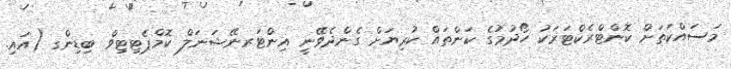
މަސައްކަތަށް ކޮންޓްރެކްޓަރަކު ހޯދުމުގެ ކަންތައް ކުރިޔަށް ގެންދެވޭނީ އިންޓަރނޭޝަނަލް ކޮމްޕެޓިޓިވް ބިޑިންގ (އައި.